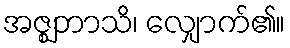
အဇ္ဈဘာသိ၊ လျှောက်၏။